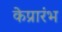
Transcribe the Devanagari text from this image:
केप्रारंभ